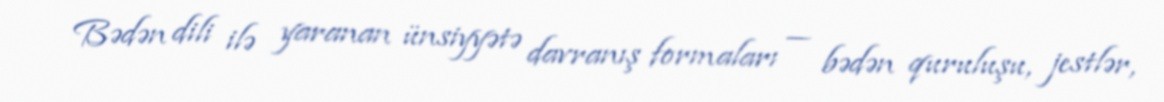
Bədən dili ilə yaranan ünsiyyətə davranış formaları — bədən quruluşu, jestlər,